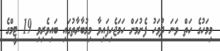
މިމަހުގެ ހަތް ވަނަ ދުވަހު ފެށުމަށް ހަމަޖެހިފައިވާ މިމުބާރާތުގައި ބައިވެރިވި 19 ޓީމްގެ